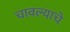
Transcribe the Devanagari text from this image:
चावल्याचे